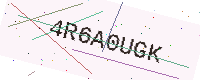
Text: 4R6A0UGK